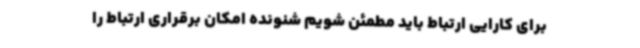
برای کارایی ارتباط باید مطمئن شویم شنونده امکان برقراری ارتباط را